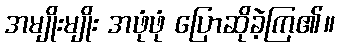
အမျိုးမျိုး အဖုံဖုံ ပြောဆိုခဲ့ကြ၏။